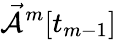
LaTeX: \mathcal{\vec{A}}^{m}[t_{m-1}]